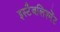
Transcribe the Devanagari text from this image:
इस्टैबलिश्मेंट